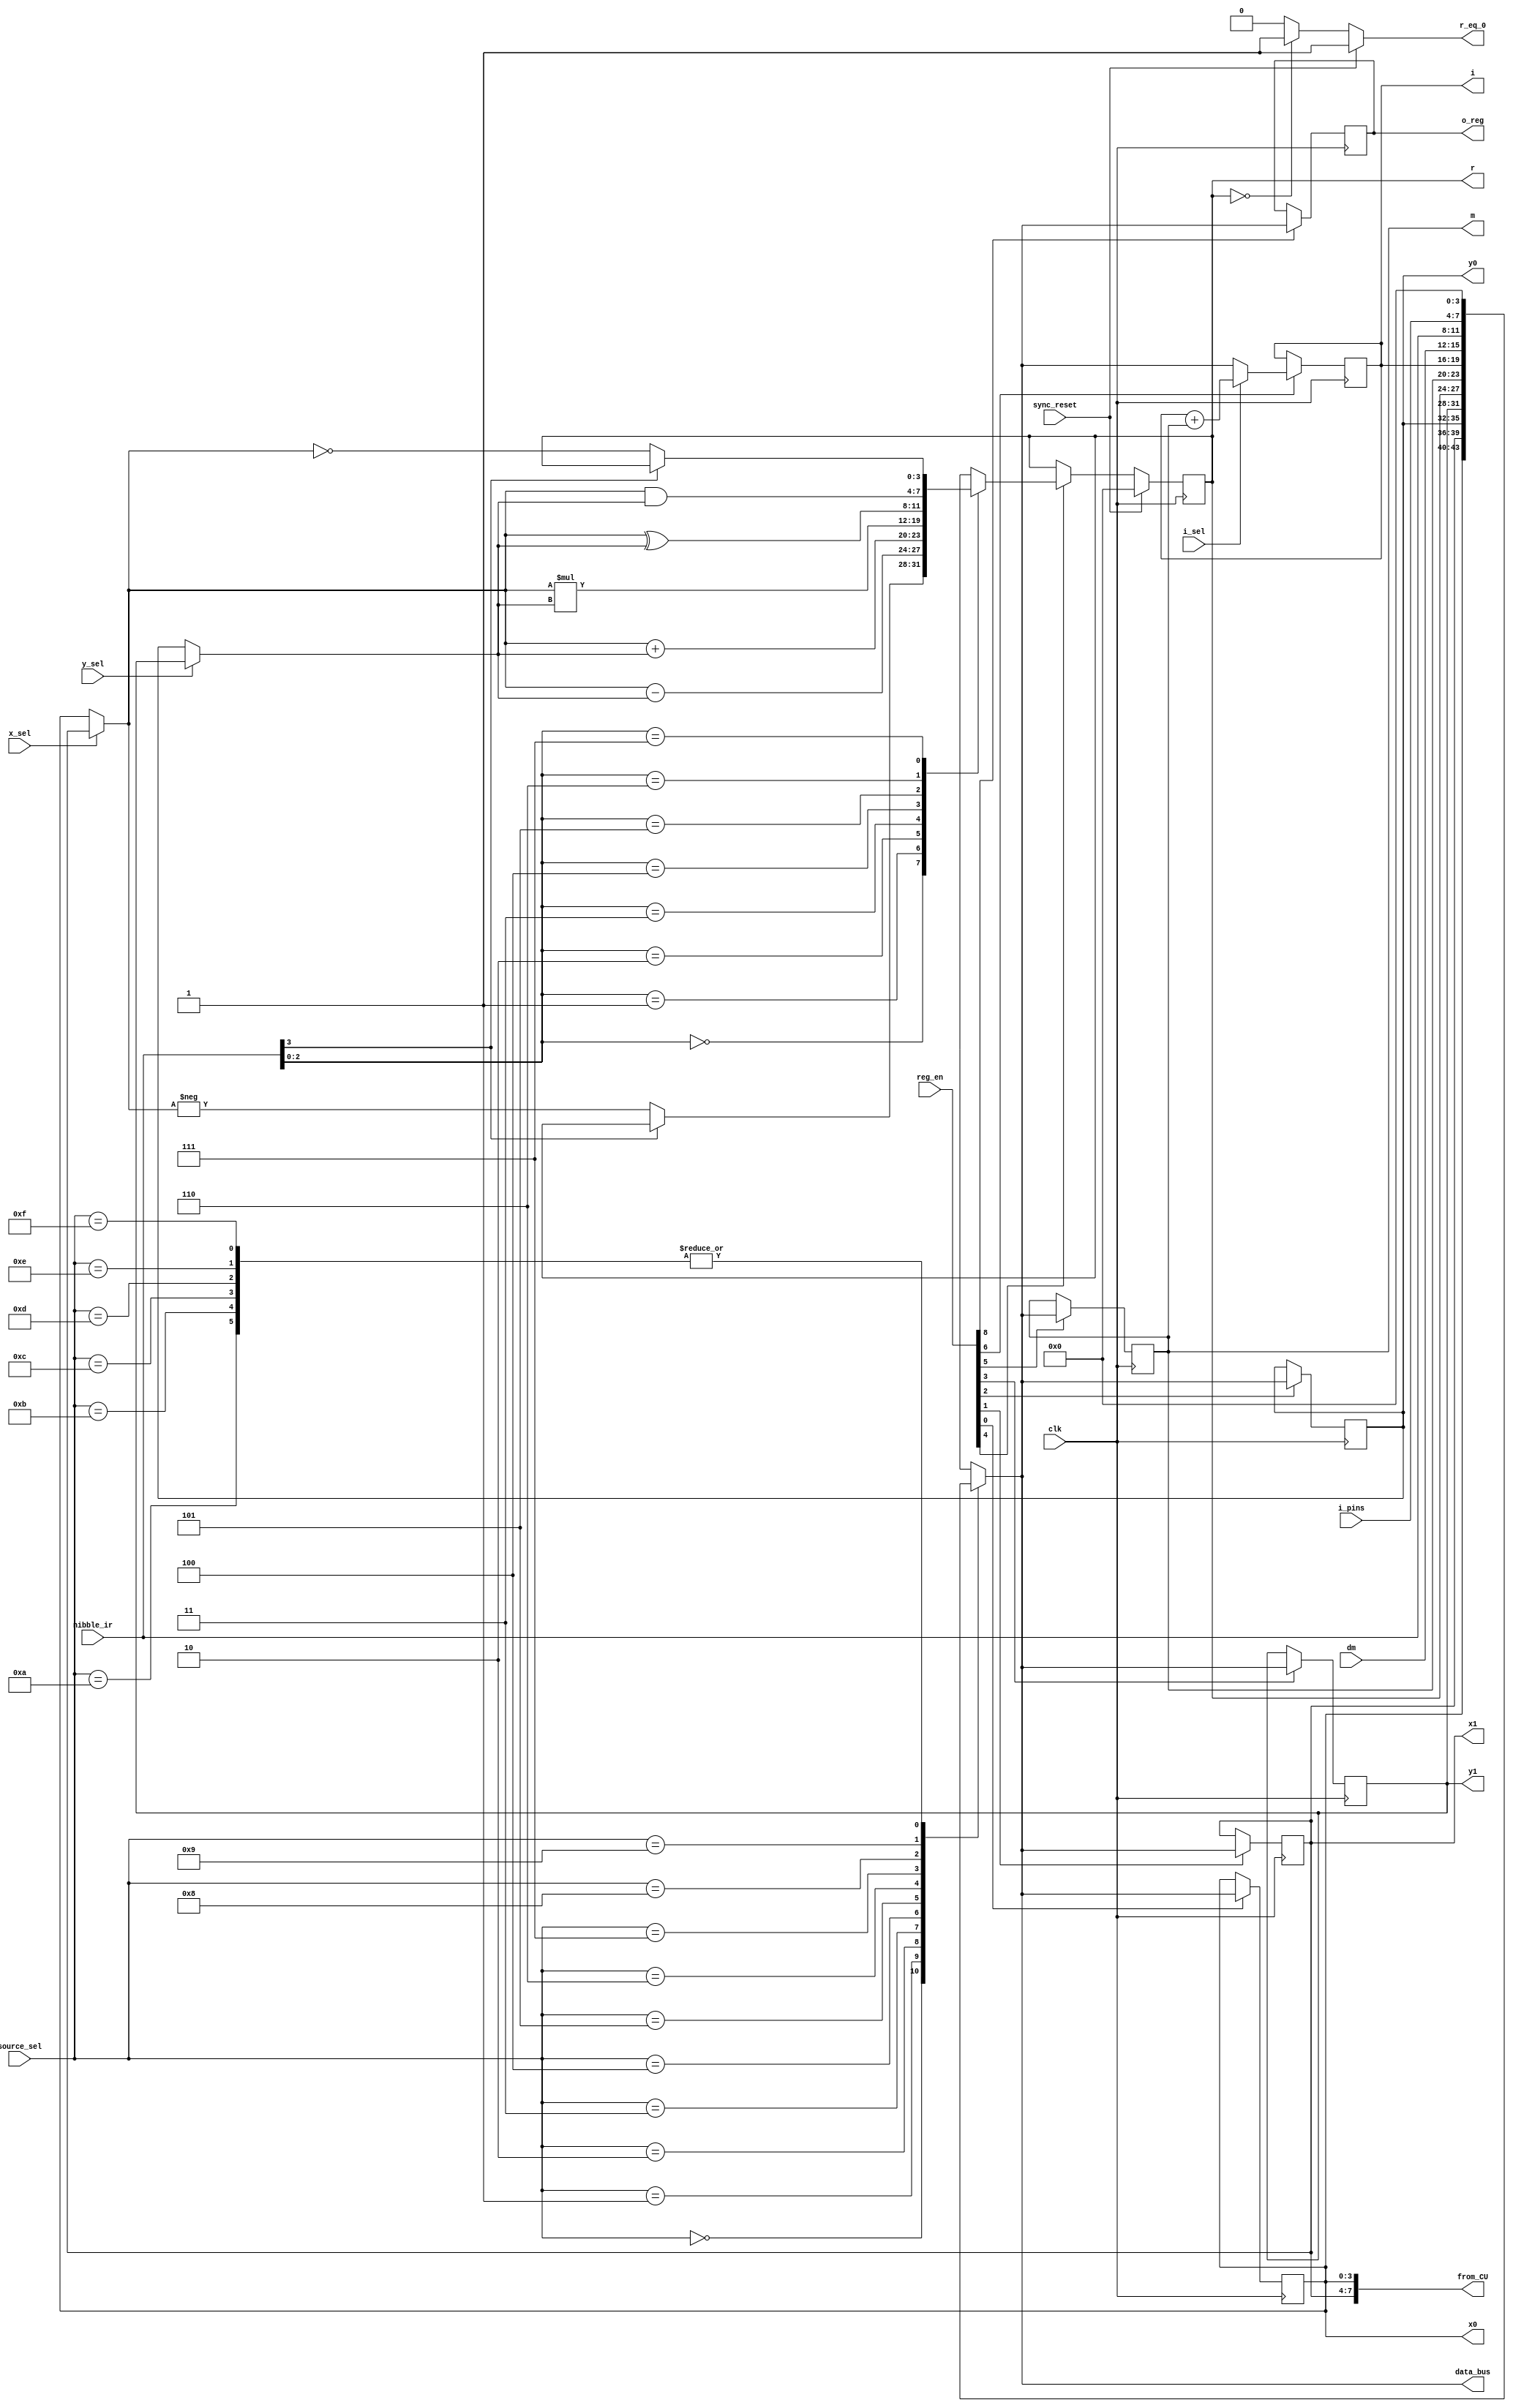
module computational_unit(
input clk, sync_reset, i_sel, y_sel, x_sel,
input [3:0] i_pins, dm, nibble_ir, source_sel,
input [8:0] reg_en,
output reg r_eq_0,
output reg [3:0] i, data_bus, o_reg,

output reg [7:0] from_CU,
output reg [3:0] x0, x1, y0, y1, r, m);

//reg [3:0] x0;
//reg [3:0] x1;
//reg [3:0] y0;
//reg [3:0] y1;
//reg [3:0] r;
//reg [3:0] m;

always @ *
//from_CU = 8'h00;
from_CU = {x1,x0};
//from_CU = {3'h0, i_sel, 3'h0, reg_en[6]};

// ***data_bus and source_sel logic***
always @ *
case(source_sel)
4'b0000: data_bus = x0;
4'b0001: data_bus = x1;
4'b0010: data_bus = y0;
4'b0011: data_bus = y1;
4'b0100: data_bus = r;
4'b0101: data_bus = m;
4'b0110: data_bus = i;
4'b0111: data_bus = dm;
4'b1000: data_bus = nibble_ir;
4'b1001: data_bus = i_pins;
4'b1010: data_bus = 4'h0;
4'b1011: data_bus = 4'h0;
4'b1100: data_bus = 4'h0;
4'b1101: data_bus = 4'h0;
4'b1110: data_bus = 4'h0;
4'b1111: data_bus = 4'h0;
default: data_bus = 4'h0;
endcase


//***x0 register***
always @ (posedge clk)
if (reg_en[0] == 1'b1)
	x0 = data_bus;
else
	x0 = x0;

//***x1 register***
always @ (posedge clk)
if (reg_en[1] == 1'b1)
	x1 = data_bus;
else
	x1 = x1;

//***y0 register***
always @ (posedge clk)
if (reg_en[2] == 1'b1)
	y0 = data_bus;
else
	y0 = y0;

//***y1 register***
always @ (posedge clk)
if (reg_en[3] == 1'b1)
	y1 = data_bus;
else
	y1 = y1;





//***m register***
always @ (posedge clk)
if (reg_en[5])
	m = data_bus;
else
	m = m;

//***i register***
always @ (posedge clk)
if (reg_en[6] == 1'b1)
	if (i_sel == 0)
		i = data_bus;
	else
		i = i + m;
else
	i = i;

//***o_reg***
always @ (posedge clk)
if (reg_en[8] == 1'b1)
	o_reg = data_bus;
else
	o_reg = o_reg;


//***ALU***
reg [3:0] x;
reg [3:0] y;

reg alu_out_eq_0;
reg [3:0] alu_out;

// x_sel
always @ *
if (x_sel == 1)
	x = x1;
else
	x = x0;

// y_sel
always @ *
if (y_sel == 1)
	y = y1;
else
	y = y0;

// alu_out - r
reg [7:0] mult_result;
always @ *
mult_result = x*y;


always @ (posedge clk)
if (sync_reset)
	r = 4'h0;
else if (reg_en[4])
	case(nibble_ir[2:0]) // ALU function
	3'b000:
		if (nibble_ir[3] == 1'b0)
			r = -x;
		else // NOP D8, C8
			r = r;
	3'b001: r = x - y;
	3'b010: r = x + y;
	3'b011: r = mult_result[7:4];
	3'b100: r = mult_result[3:0];
	3'b101: r = x ^ y;
	3'b110: r = x & y;
	3'b111:
		if (nibble_ir[3] == 1'b0)
			r = ~x;
		else // NOP DF, CF
			r = r;
	default: r = r;
	endcase
else
	r = r;

// alu_out_eq_0 - r_eq_0 - zero_flag
always @ (*)
if (sync_reset)
	r_eq_0 = 1'b1;
else if (r == 1'b0)
	r_eq_0 = 1'b1;
else
	r_eq_0 = 1'b0;

	
	
	
	
	
	
//// alu_out_eq_0 - r_eq_0 - zero_flag
//always @ (*)
//if (sync_reset)
//	r_eq_0 = 1'b1;
//else if (reg_en[4])
//	else if (r == 1'b0)
//		r_eq_0 = 1'b1;
//	else
//		r_eq_0 = 1'b0;
//else 
//	r_eq_0 = r_eq_0;

	
////***zero_flag register***
//always @ (posedge clk)
//if (reg_en[4] == 1'b1)
//	r_eq_0 = alu_out_eq_0;
//else
//	r_eq_0 = r_eq_0;
//
////***r reg***
//always @ (posedge clk)
//if (reg_en[4] == 1'b1)
//	r = alu_out;
//else
//	r = r;
	
	
	
//	
//	
//always @ (posedge clk)
//if (sync_reset)
//	alu_out = 4'h0;
//else
//	case(nibble_ir[2:0]) // ALU function
//	3'b000:
//		if (nibble_ir[3] == 1'b0)
//			alu_out = -x;
//		else // NOP D8, C8
//			alu_out = alu_out;
//	3'b001: alu_out = x - y;
//	3'b010: alu_out = x + y;
//	3'b011: alu_out = mult_result[7:4];
//	3'b100: alu_out = mult_result[3:0];
//	3'b101: alu_out = x^y;
//	3'b110: alu_out = x & y;
//	3'b111:
//		if (nibble_ir[3] == 1'b0)
//			alu_out = ~x;
//		else // NOP DF, CF
//			alu_out = alu_out;
//	default: alu_out = alu_out;
//	endcase
//
//// alu_out_eq_0 - r_eq_0 - zero_flag
//always @ (posedge clk)
//if (sync_reset)
//	alu_out_eq_0 = 1'b1;
//else if (alu_out == 1'b0)
//	alu_out_eq_0 = 1'b1;
//else
//	alu_out_eq_0 = 1'b0;
//
//	
////***zero_flag register***
//always @ (*)
//if (reg_en[4] == 1'b1)
//	r_eq_0 = alu_out_eq_0;
//else
//	r_eq_0 = r_eq_0;
//
////***r reg***
//always @ (*)
//if (reg_en[4] == 1'b1)
//	r = alu_out;
//else
//	r = r;
	
endmodule